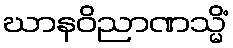
ဃာနဝိညာဏသ္မိံ